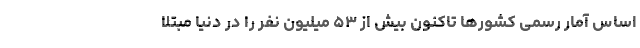
اساس آمار رسمی کشورها تاکنون بیش از ۵۳ میلیون نفر را در دنیا مبتلا